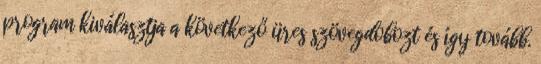
program kiválasztja a következő üres szövegdobozt és így tovább.